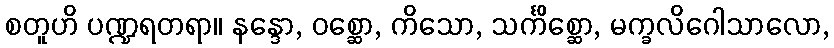
စတူဟိ ပဏ္ဍရတရာ။ နန္ဒော, ဝစ္ဆော, ကိသော, သင်္ကိစ္ဆော, မက္ခလိဂေါသာလော,